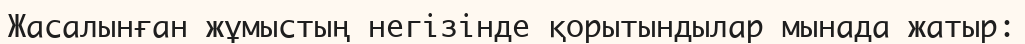
Жасалынған жұмыстың негізінде қорытындылар мынада жатыр: